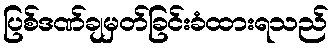
ပြစ်ဒဏ်ချမှတ်ခြင်းခံထားရသည်